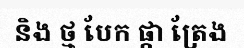
និង ថ្ម បែក ផ្កា ត្រែង